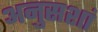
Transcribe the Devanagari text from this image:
अनुसशां